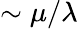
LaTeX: \sim\mu/\lambda